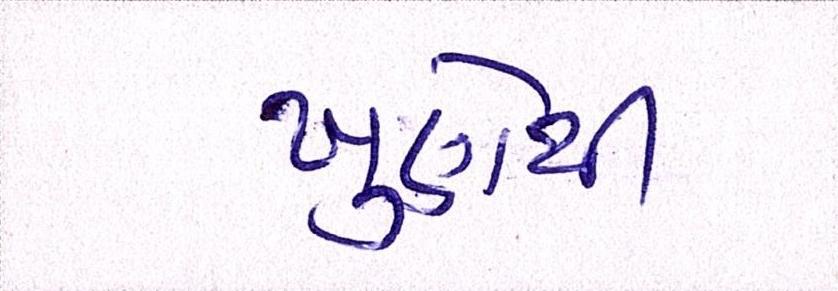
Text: ખુણેથી